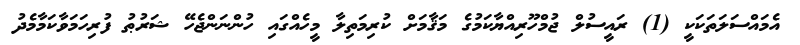
އެމައްސަލަތަކަކީ (1) ރައީސުލް ޖުމްހޫރިއްޔާކަމުގެ މަޤާމަށް ކުރިމަތިލާ މީހެއްގައި ހުންނަންޖެހޭ ޝަރުޠު ފުރިހަމަވާކަމާމެދު